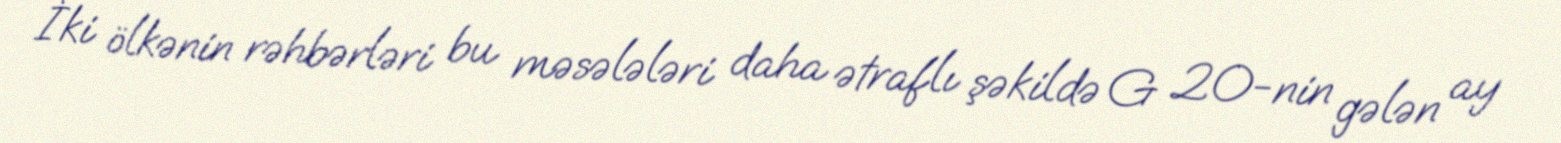
İki ölkənin rəhbərləri bu məsələləri daha ətraflı şəkildə G 20-nin gələn ay